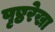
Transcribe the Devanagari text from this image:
पृष्ठरेखा